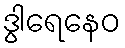
ဒွါရေနေဝ